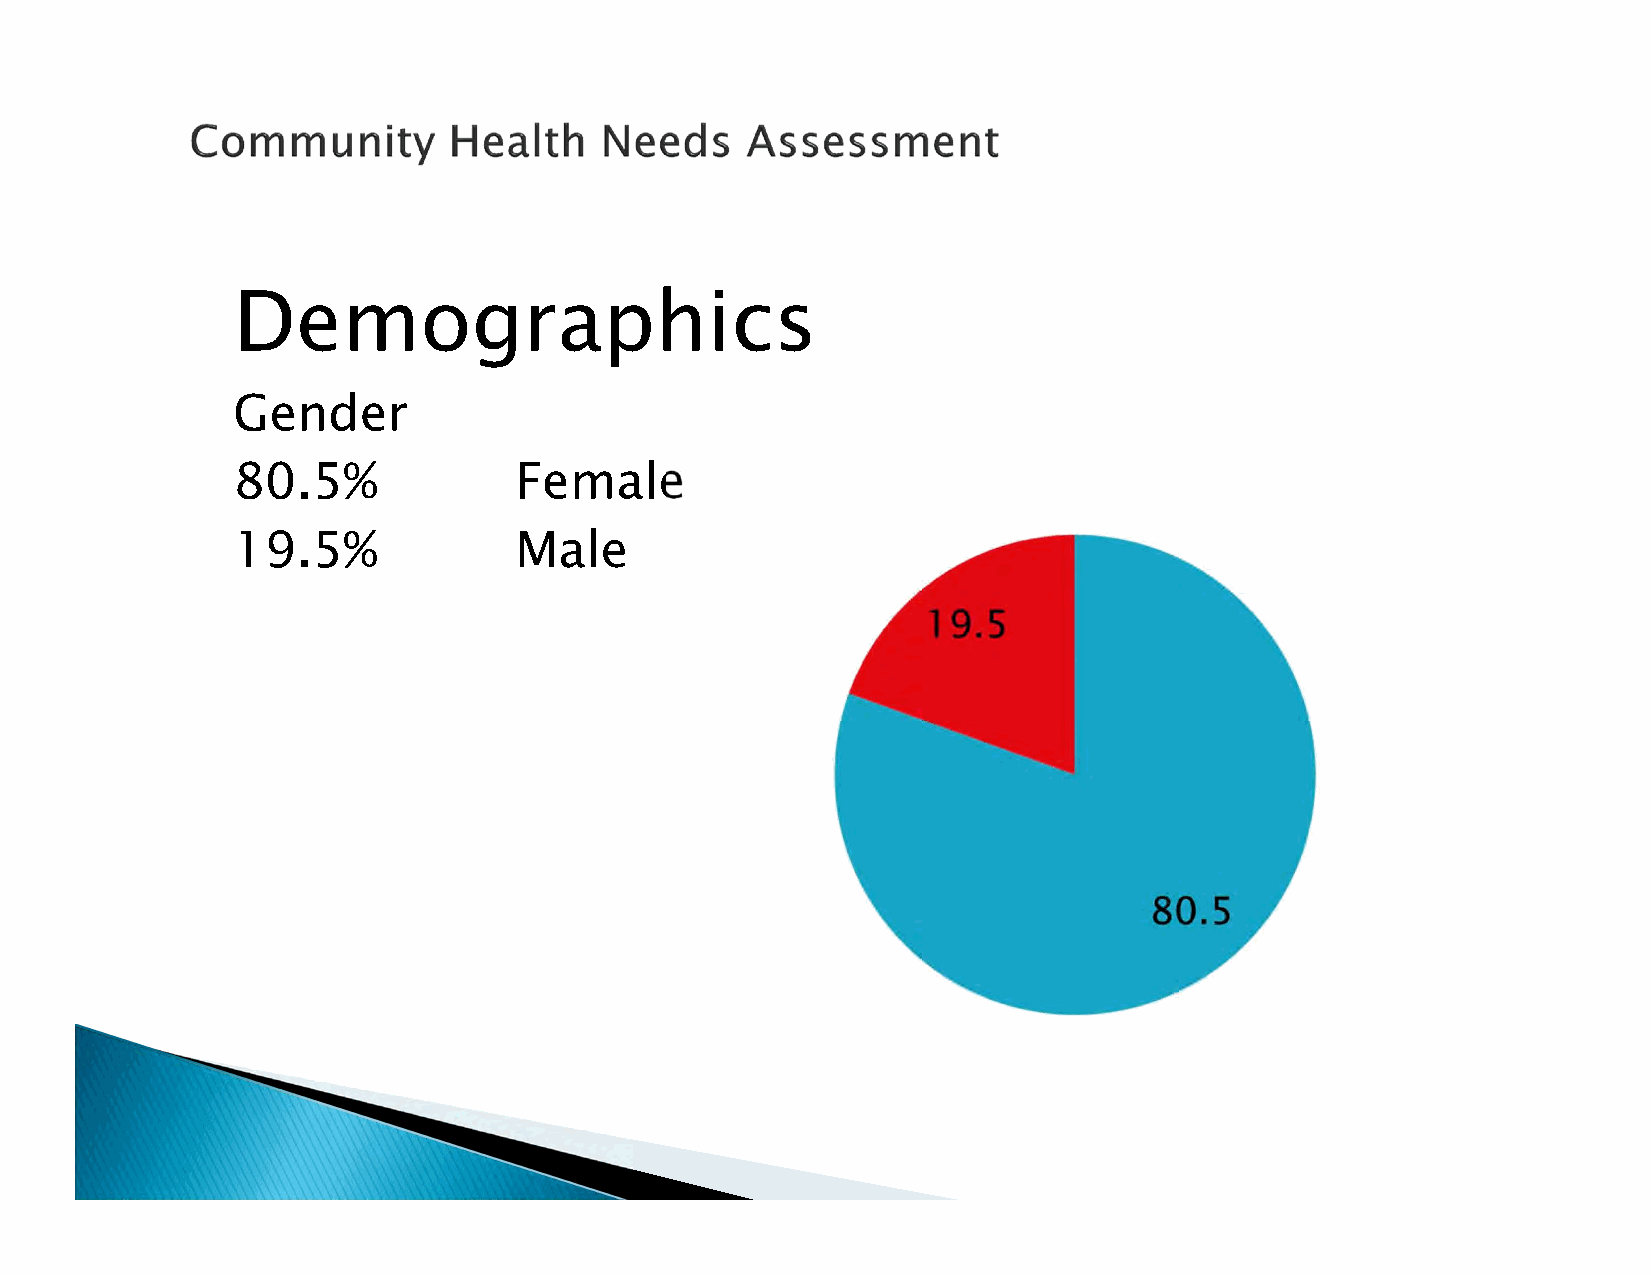
Demographics
 Gender
 80.5%              Female
 19.5%              Male